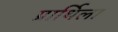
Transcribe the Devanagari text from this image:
प्रार्थिला